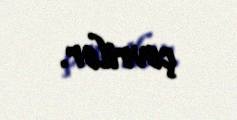
çevrilər.